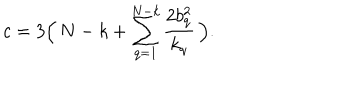
c = 3 \Bigl ( \, N - k + \sum _ { q = 1 } ^ { N - k } { \frac { 2 b _ { q } ^ { 2 } } { k _ { q } } } \, \Bigr ) .